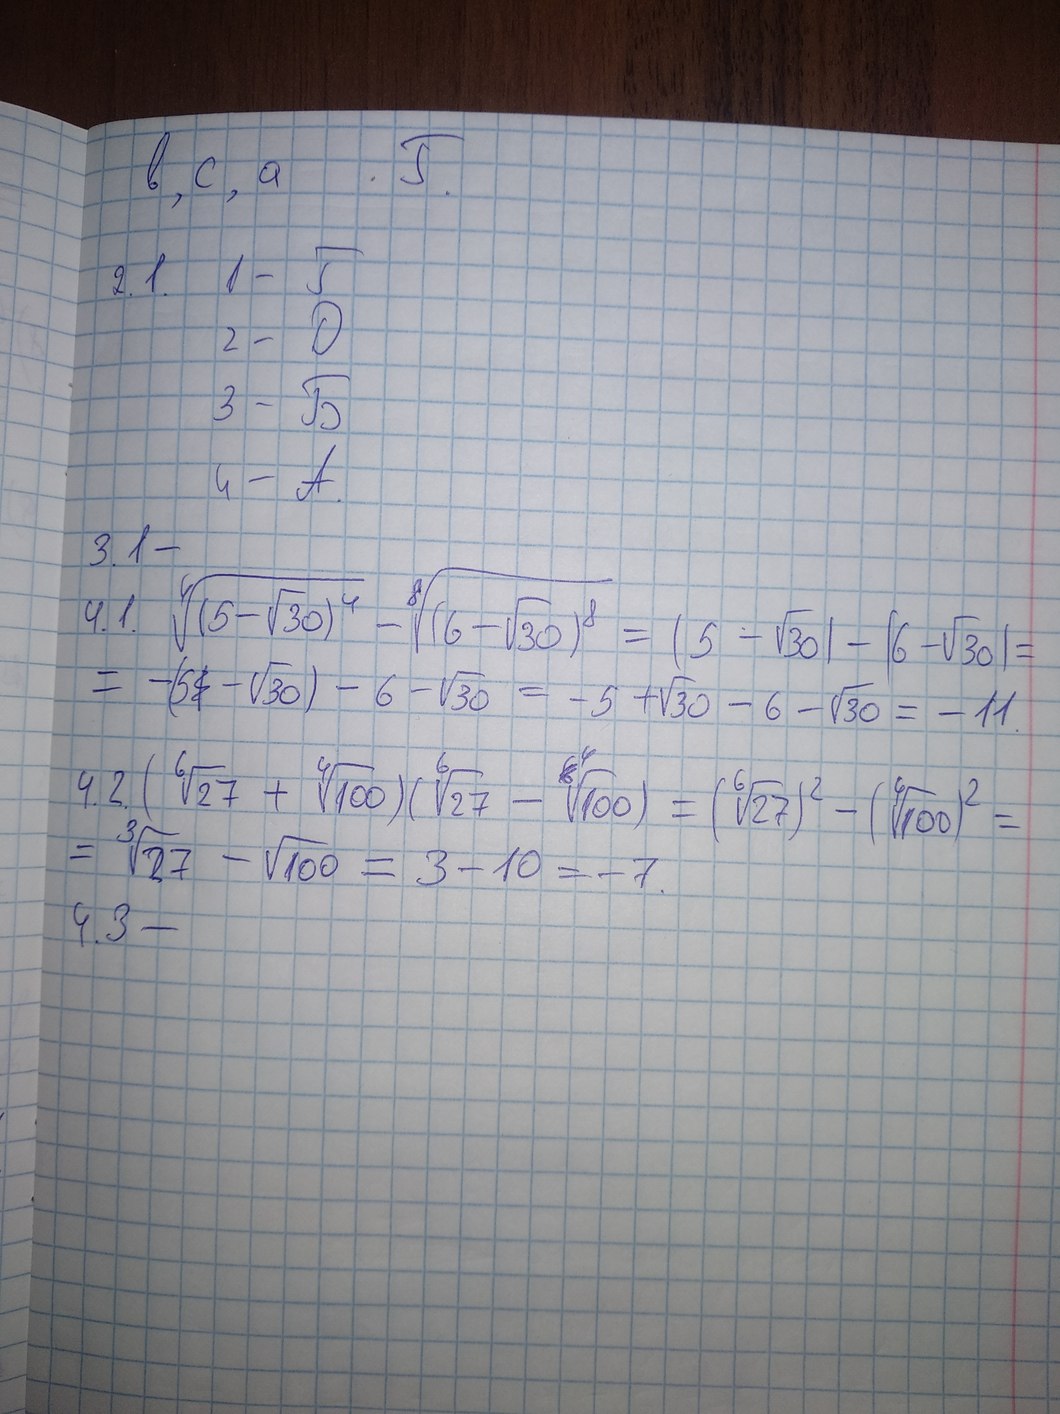
в, с, а . Г.
2. 1. 1 - Г
2 - 0
3 - Б
4 - A.
3. 1-
4.1. \sqrt[4]{(5 - \sqrt{30})^4} - \sqrt[8]{(6 - \sqrt{30})^8} = |5 - \sqrt{30}| - |6 - \sqrt{30}| =
= -(5~~4~~ - \sqrt{30}) - 6 - \sqrt{30} = -5 + \sqrt{30} - 6 - \sqrt{30} = -11
4.2. (\sqrt[6]{27} + \sqrt[4]{100})(\sqrt[6]{27} - \sqrt[4]{100}) = (\sqrt[6]{27})^2 - (\sqrt[4]{100})^2 =
= \sqrt[3]{27} - \sqrt{100} = 3 - 10 = -7.
4.3-